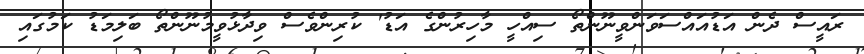
ރައީސް ދެން އަޑުއައްސަވަންވީނޫންތޯ ސިއްހީ މާހިރުންގެ އަޑު' ކުރިންވެސް ވިދާޅުވީމުނޫންތޯ ބަލިމަޑު ކަމުގައި